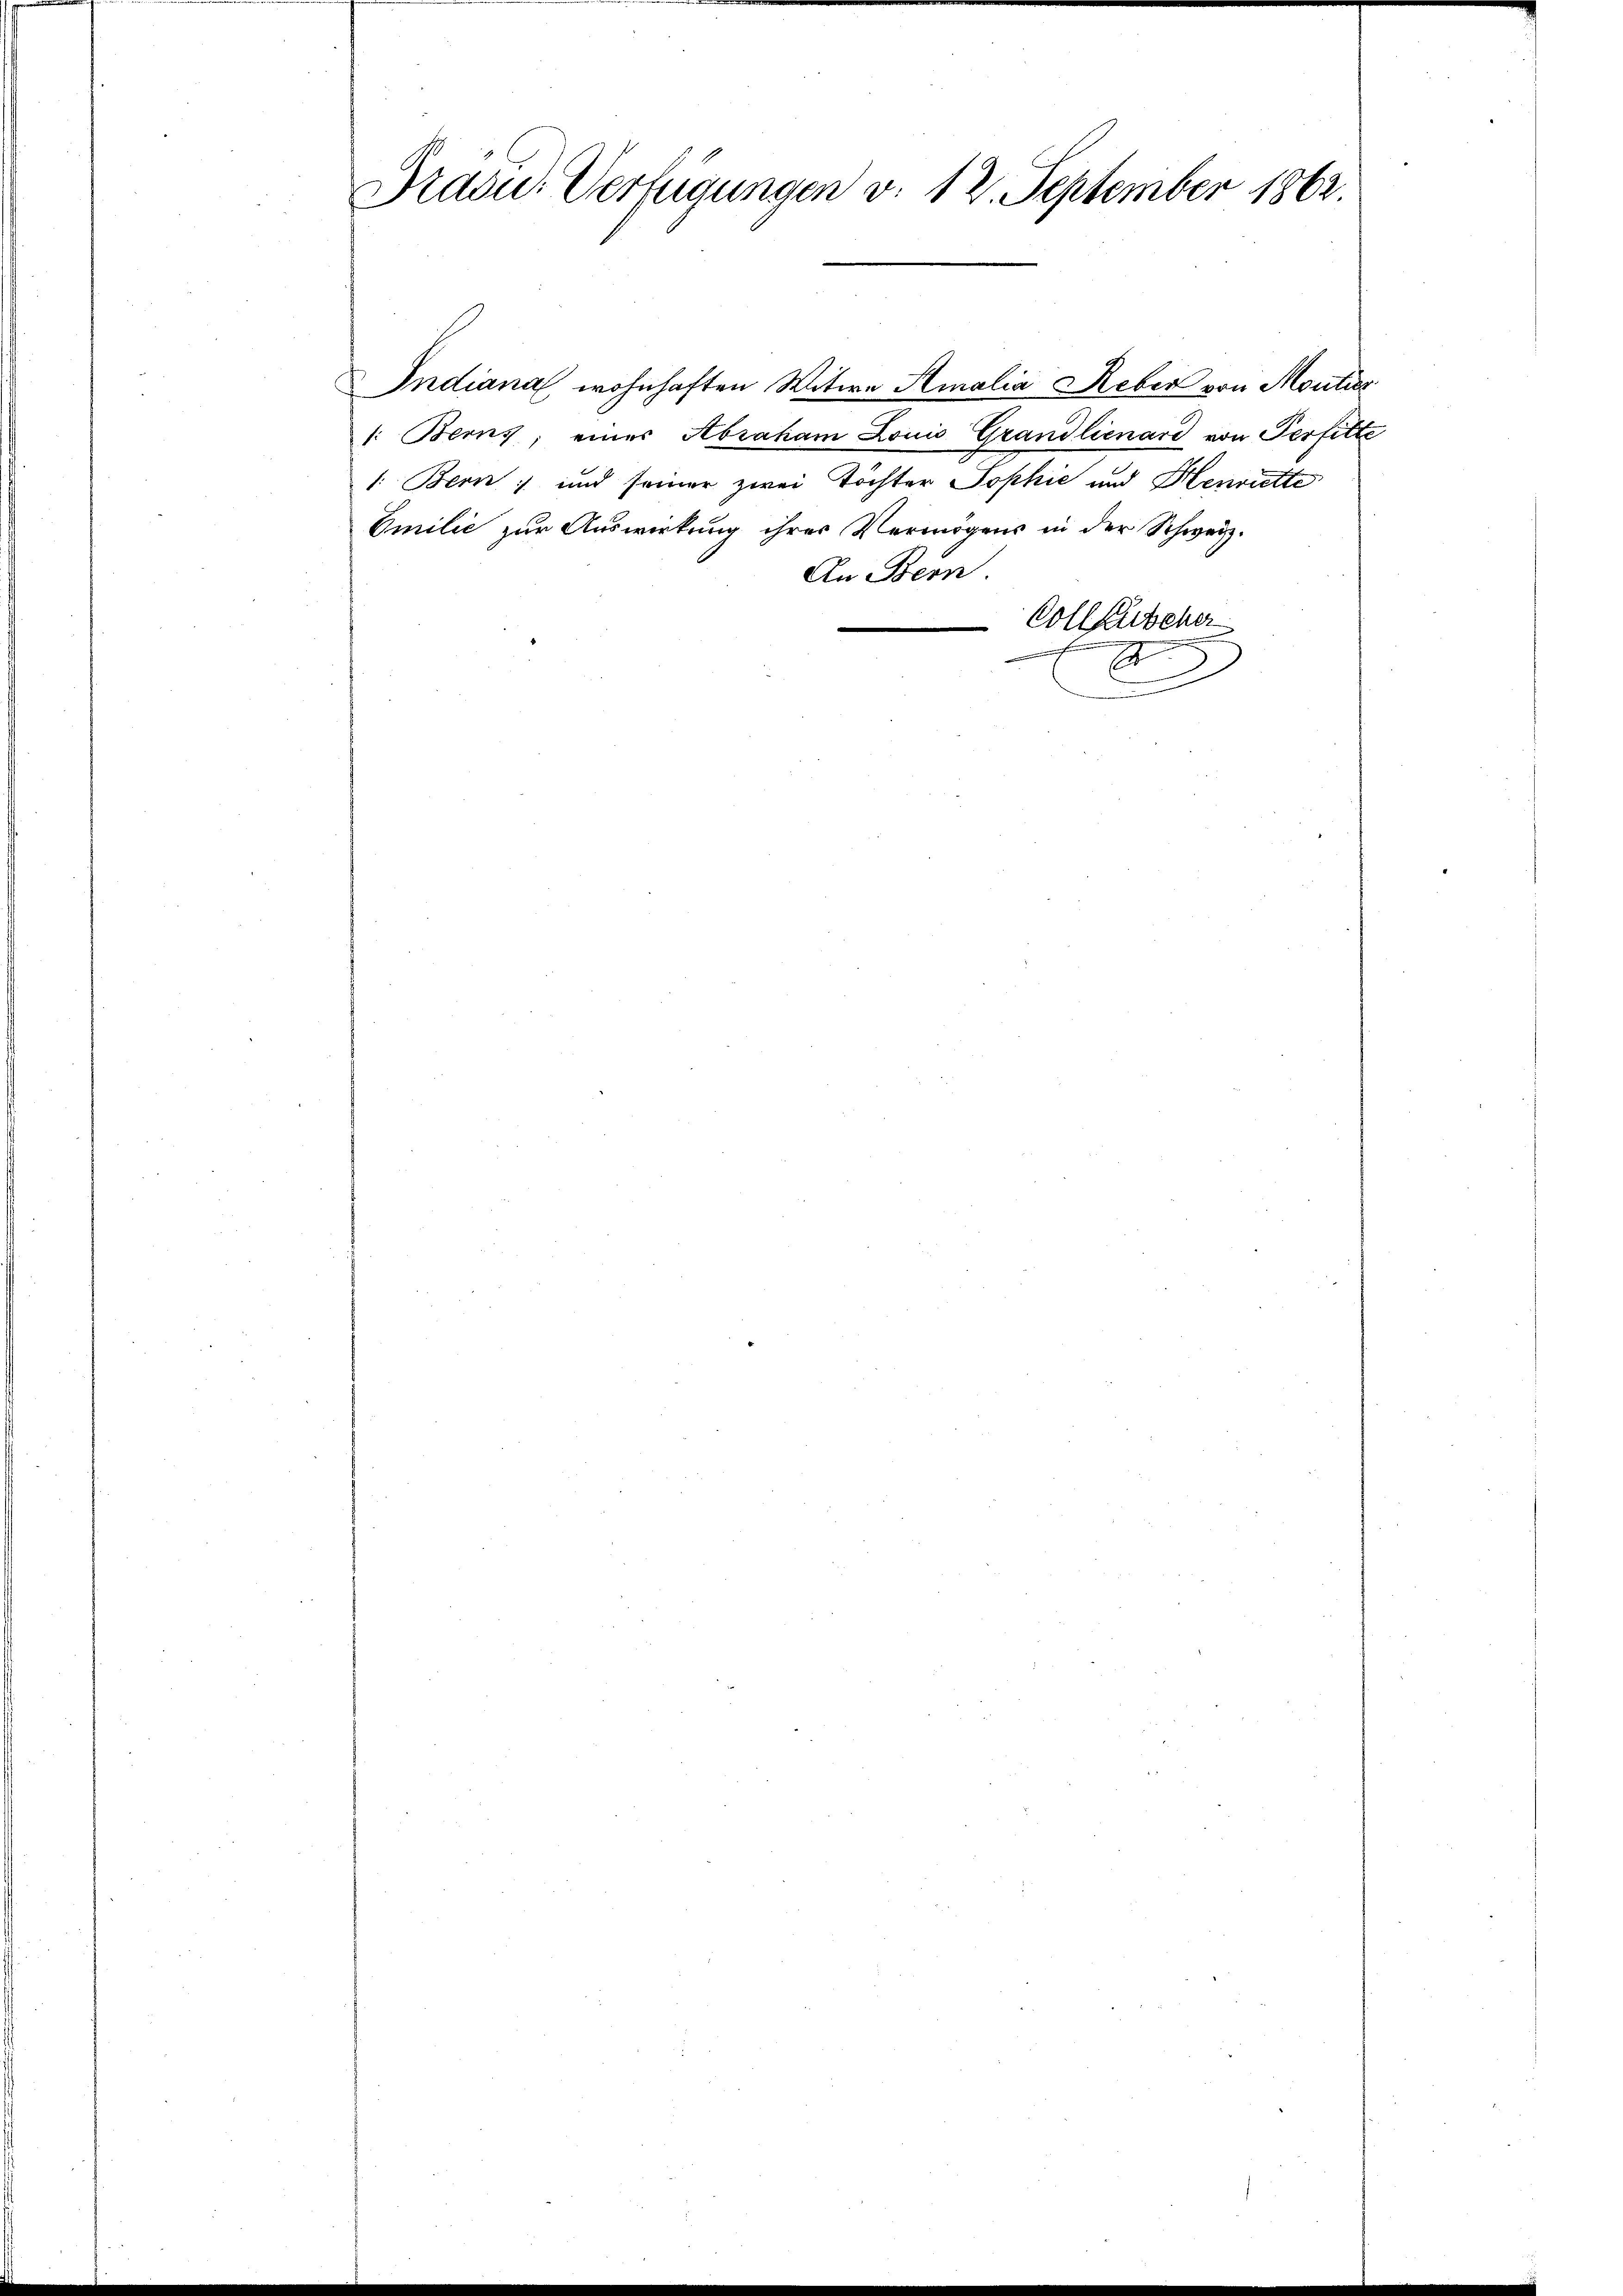
Präsid. Verfügungen v. 12. September 1862.

Indiana wohnhaften Witwe Amalia Reber von Moutier
/: Berns, einer Abraham Louis Grandlienard von Perfitte
1. Bern, und seiner zwei Töchter Sophie und Henriette
Emilie zur Auswirkung ihres Vermögens in der Schweiz.
An Bern.
Vollzuseher
2